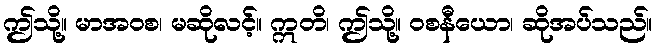
ဤသို့။ မာအဝစ၊ မဆိုလင့်။ ဣတိ၊ ဤသို့။ ဝစနီယော၊ ဆိုအပ်သည်။